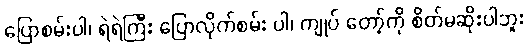
ပြောစမ်းပါ၊ ရဲရဲကြီး ပြောလိုက်စမ်း ပါ၊ ကျုပ် တော့်ကို စိတ်မဆိုးပါဘူး